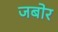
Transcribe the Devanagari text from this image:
जबोर